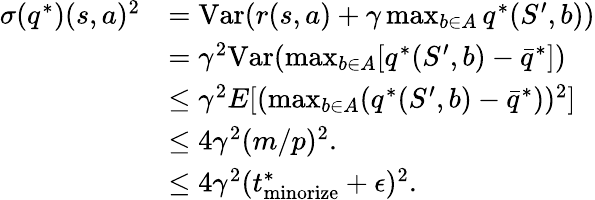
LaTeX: \begin{array}{rl}{\sigma(q^{*})(s,a)^{2}}&{=\mathrm{Var}(r(s,a)+\gamma\operatorname*{max}_{b\in A}q^{*}(S^{\prime},b))}\\ &{=\gamma^{2}\mathrm{Var}(\operatorname*{max}_{b\in A}[q^{*}(S^{\prime},b)-\bar{q}^{*}])}\\ &{\leq\gamma^{2}E[(\operatorname*{max}_{b\in A}(q^{*}(S^{\prime},b)-\bar{q}^{*}))^{2}]}\\ &{\leq 4\gamma^{2}(m/p)^{2}.}\\ &{\leq 4\gamma^{2}(t_{\mathrm{minorize}}^{*}+\epsilon)^{2}.}\end{array}